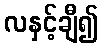
လနှင့်ချီ၍